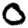
Digit: 0